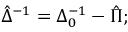
\hat { \Delta } ^ { - 1 } = \Delta _ { 0 } ^ { - 1 } - \hat { \Pi } ;